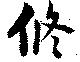
修